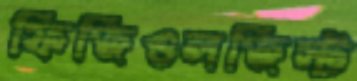
ফিজিওলজিস্ট